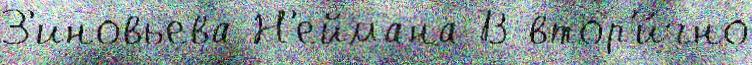
З'иновьева Н'еймана В втор'и́чно